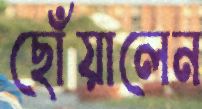
ছোঁয়ালেন